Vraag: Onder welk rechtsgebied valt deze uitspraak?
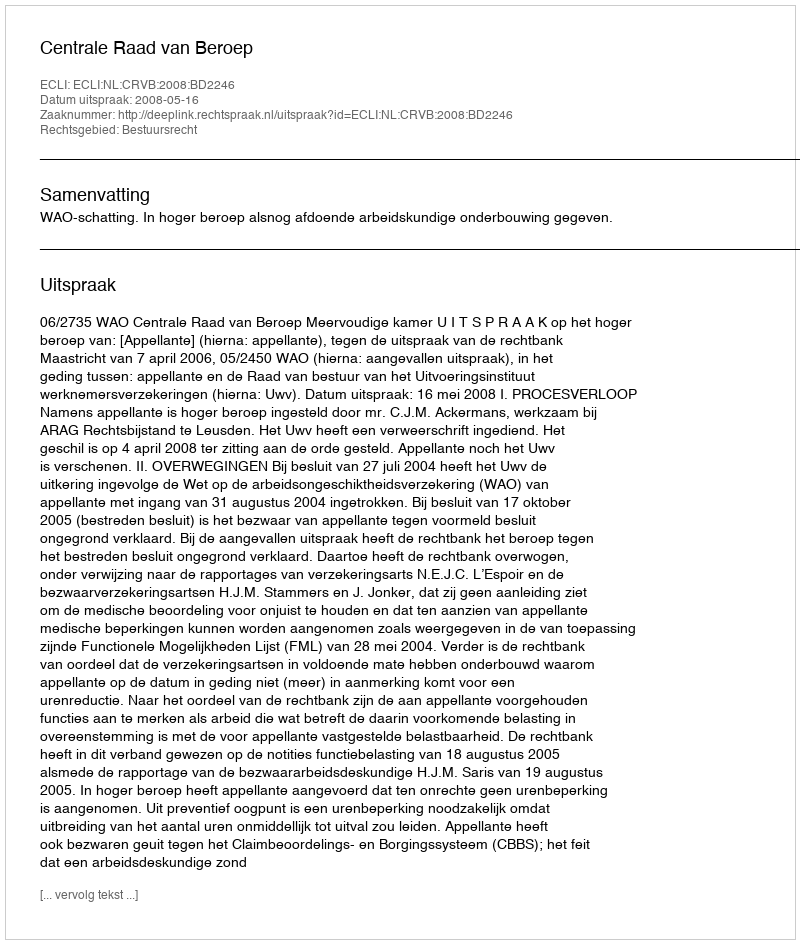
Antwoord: Bestuursrecht